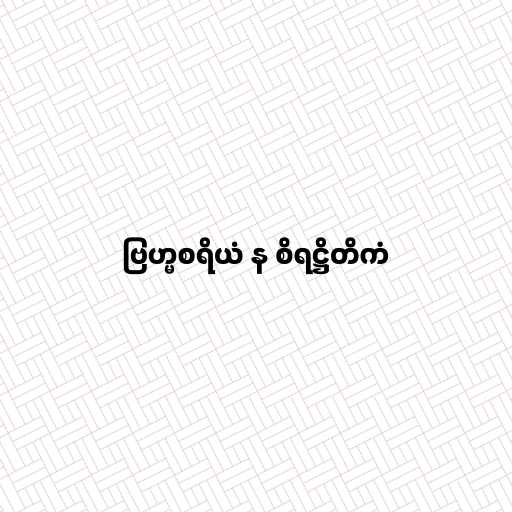
ဗြဟ္မစရိယံ န စိရဋ္ဌိတိကံ